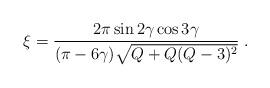
LaTeX: \begin{align*}\xi=\frac{2\pi\sin2\gamma\cos3\gamma}{(\pi-6\gamma)\sqrt{Q+Q(Q-3)^{2}}}\;.\end{align*}